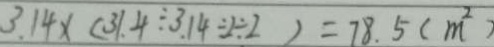
3 . 1 4 \times ( 3 1 . 4 \div 3 . 1 4 \div 2 \div 2 ) = 7 8 . 5 ( m ^ { 2 } )